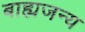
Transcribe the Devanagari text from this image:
बाह्यजन्य